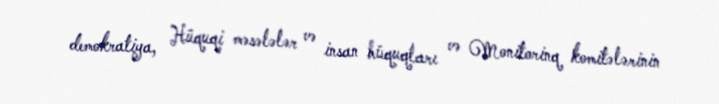
demokratiya, Hüquqi məsələlər və insan hüquqları və Monitorinq komitələrinin